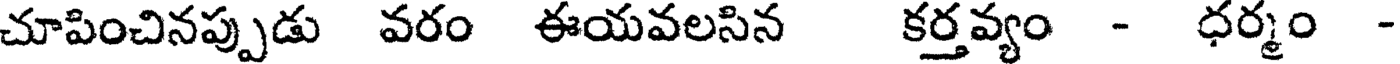
చూపించినప్పుడు వరం ఈయవలసిన కర్తవ్యం - ధర్మం -